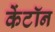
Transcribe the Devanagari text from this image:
केंटॉन